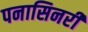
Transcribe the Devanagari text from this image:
पनासिनरी